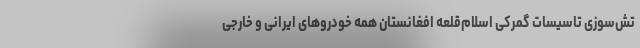
تش‌سوزی تاسیسات گمرکی اسلام‌قلعه افغانستان همه خودروهای ایرانی و خارجی